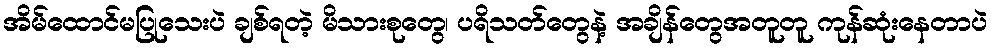
အိမ်ထောင်မပြုသေးပဲ ချစ်ရတဲ့ မိသားစုတွေ၊ ပရိသတ်တွေနဲ့ အချိန်တွေအတူတူ ကုန်ဆုံးနေတာပဲ